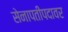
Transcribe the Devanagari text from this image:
सेनापतीपदावर